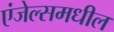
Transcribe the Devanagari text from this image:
एंजेल्समधील